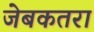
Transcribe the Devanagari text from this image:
जेबकतरा